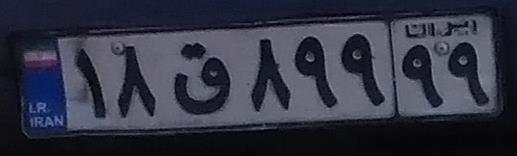
۱۸ق۸۹۹۹۹